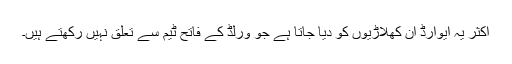
اکثر یہ ایوارڈ ان کھلاڑیوں کو دیا جاتا ہے جو ورلڈ کے فاتح ٹیم سے تعلق نہیں رکھتے ہیں۔